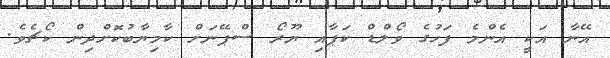
އޭނާ އަކީ އެންމެ ފަހުގެ ވޯލްޑް ކަޕާއި ޔޫރޯ ސްޕޭނަށް ކާމިޔާބުކޮށްދިން ކޯޗެވެ.